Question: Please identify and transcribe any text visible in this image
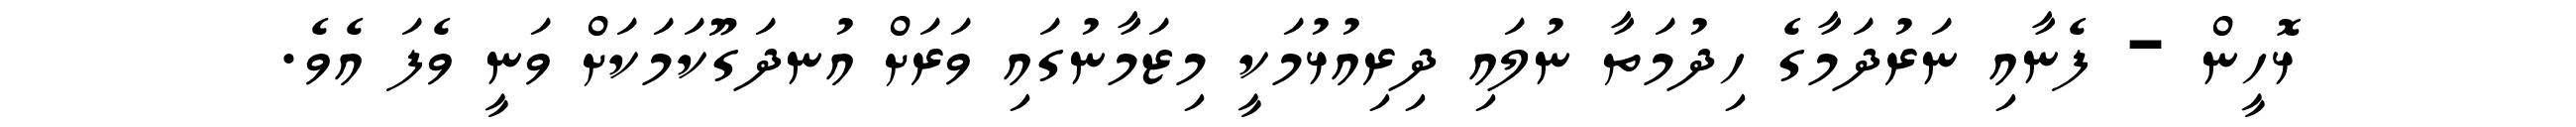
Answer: ޅޮހީން - ފެނާއި ނަރުދަމާގެ ހިދުމަތާ ނުލައި ދިރިއުޅުމަކީ މިޒަމާނުގައި ވަރަށް އުނދަގޫކަމަކަށް ވަނީ ވެފަ އެވެ.